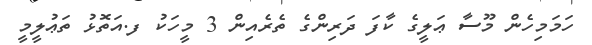
ހަމަމިހެން މޫސާ ޢަލީގެ ކާފަ ދަރިންގެ ތެރެއިން 3 މީހަކު ފ.އަތޮޅު ތަޢުލީމީ